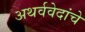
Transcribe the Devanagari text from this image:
अथर्ववेदांचे